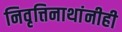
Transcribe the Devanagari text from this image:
निवृत्तिनाथांनीही